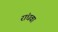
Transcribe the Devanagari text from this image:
रांधवा